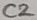
Text: C2